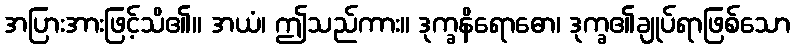
အပြားအားဖြင့်သိ၏။ အယံ၊ ဤသည်ကား။ ဒုက္ခနိရောဓော၊ ဒုက္ခ၏ချုပ်ရာဖြစ်သော